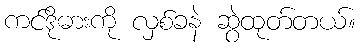
ကင်ဒိုဓားကို လှစ်ခနဲ ဆွဲထုတ်တယ်။